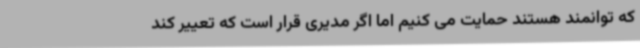
که توانمند هستند حمایت می کنیم اما اگر مدیری قرار است که تعییر کند